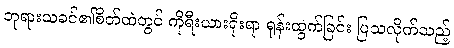
ဘုရားသခင်၏စိတ်ထဲတွင် ကိုရီးယားရိုးရာ ရုန်းထွက်ခြင်း ပြသလိုက်သည့်